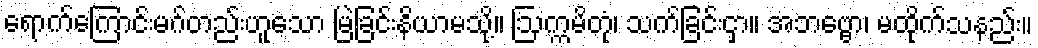
ရောက်ကြောင်းမဂ်တည်းဟူသော မြဲခြင်းနိယာမသို့။ ဩက္ကမိတုံ၊ သက်ခြင်းငှာ။ အဘဗ္ဗော၊ မထိုက်သနည်း။